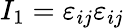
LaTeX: I_{1}=\varepsilon_{ij}\varepsilon_{ij}